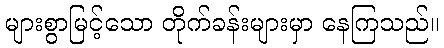
များစွာမြင့်သော တိုက်ခန်းများမှာ နေကြသည်။